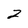
Character: 2